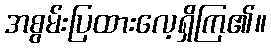
အစွမ်းပြထားလေ့ရှိကြ၏။